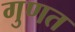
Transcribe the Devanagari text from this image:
गुणत